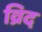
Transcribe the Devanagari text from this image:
व्रिद